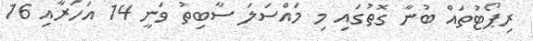
ރިޕޯޓުތައް ބުނާ ގޮތުގައި މި މައްސަލަ ސާބިތު ވަނީ 14 އަހަރާއި 16